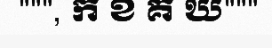
""", ក ខ គ ឃ"""